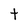
Character: t